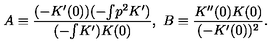
A \equiv \frac { ( - K ^ { \prime } ( 0 ) ) ( - { \textstyle \int } p ^ { 2 } K ^ { \prime } ) } { ( - { \textstyle \int } K ^ { \prime } ) K ( 0 ) } , \ B \equiv \frac { K ^ { \prime \prime } ( 0 ) K ( 0 ) } { ( - K ^ { \prime } ( 0 ) ) ^ { 2 } } .